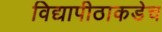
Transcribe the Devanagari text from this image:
विद्यापीठाकडेच